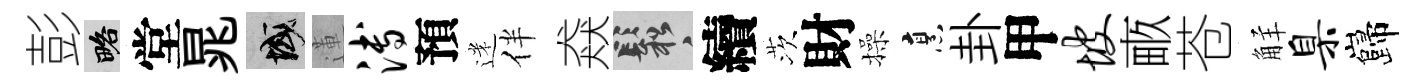
彭略堂晁域蓮溥預迷伴猋鬆續茨財操烹卦甲坡畞苍觧臬巋